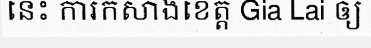
នេះ ការកសាងខេត្ត Gia Lai ឲ្យ